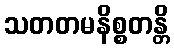
သတတမနိစ္စတန္တိ